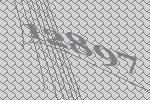
12897